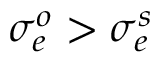
\sigma _ { e } ^ { o } > \sigma _ { e } ^ { s }